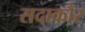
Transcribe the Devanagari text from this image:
सदाकौर